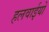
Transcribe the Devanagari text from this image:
हलवाईयों